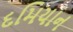
દમિયાન